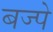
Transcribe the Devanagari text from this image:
बज्पे